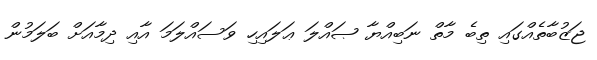
ޖަޒުބާތެއްގައި ތިބެ މާތް ނަބިއްޔާ ޞައްލަ ޢަލައިހި ވަސައްލަމަ އާއި ދިމާއަށް ބަލަމުން